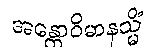
အန္တောဝိမာနသ္မိံ